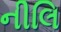
નીલિ